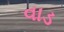
વાડ